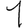
Digit: 1